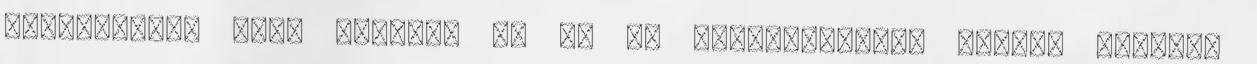
Negyvennégy éves vagyok, és az én generációmnak George Michael